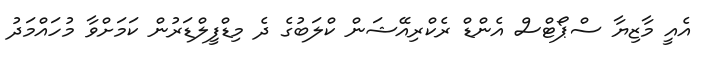
އެއީ މާޒިޔާ ސްޕޯޓްސް އެންޑް ރެކްރިއޭޝަން ކްލަބުގެ ދެ މިޑްފީލްޑަރުން ކަމަށްވާ މުހައްމަދު